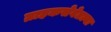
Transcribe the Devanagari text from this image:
ग्राहकसेवेतल्या